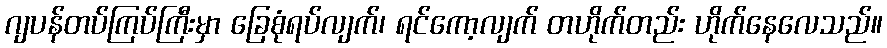
ဂျပန်တပ်ကြပ်ကြီးမှာ ခြေစုံရပ်လျက်၊ ရင်ကော့လျက် တဟိုက်တည်း ဟိုက်နေလေသည်။